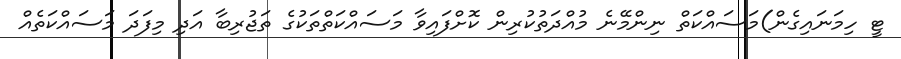
ޓީ ހިމަނައިގެން)މަސައްކަތް ނިންމޭނެ މުއްދަތުކުރިން ކޮށްފައިވާ މަސައްކަތްތަކުގެ ތަޖުރިބާ އަދި މިފަދަ މަސައްކަތެއް